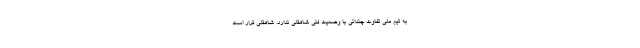
به تیم ملی تفاوت چندانی با وضعیت فنی شاهقلی ندارد. شاهقلی قرار است